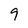
Character: 9